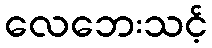
လေဘေးသင့်